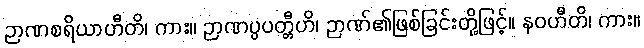
ဉာဏစရိယာဟီတိ၊ ကား။ ဉာဏပ္ပပတ္တီဟိ၊ ဉာဏ်၏ဖြစ်ခြင်းတို့ဖြင့်။ နဝဟီတိ၊ ကား။